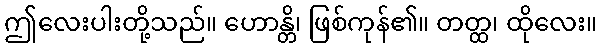
ဤလေးပါးတို့သည်။ ဟောန္တိ၊ ဖြစ်ကုန်၏။ တတ္ထ၊ ထိုလေး။